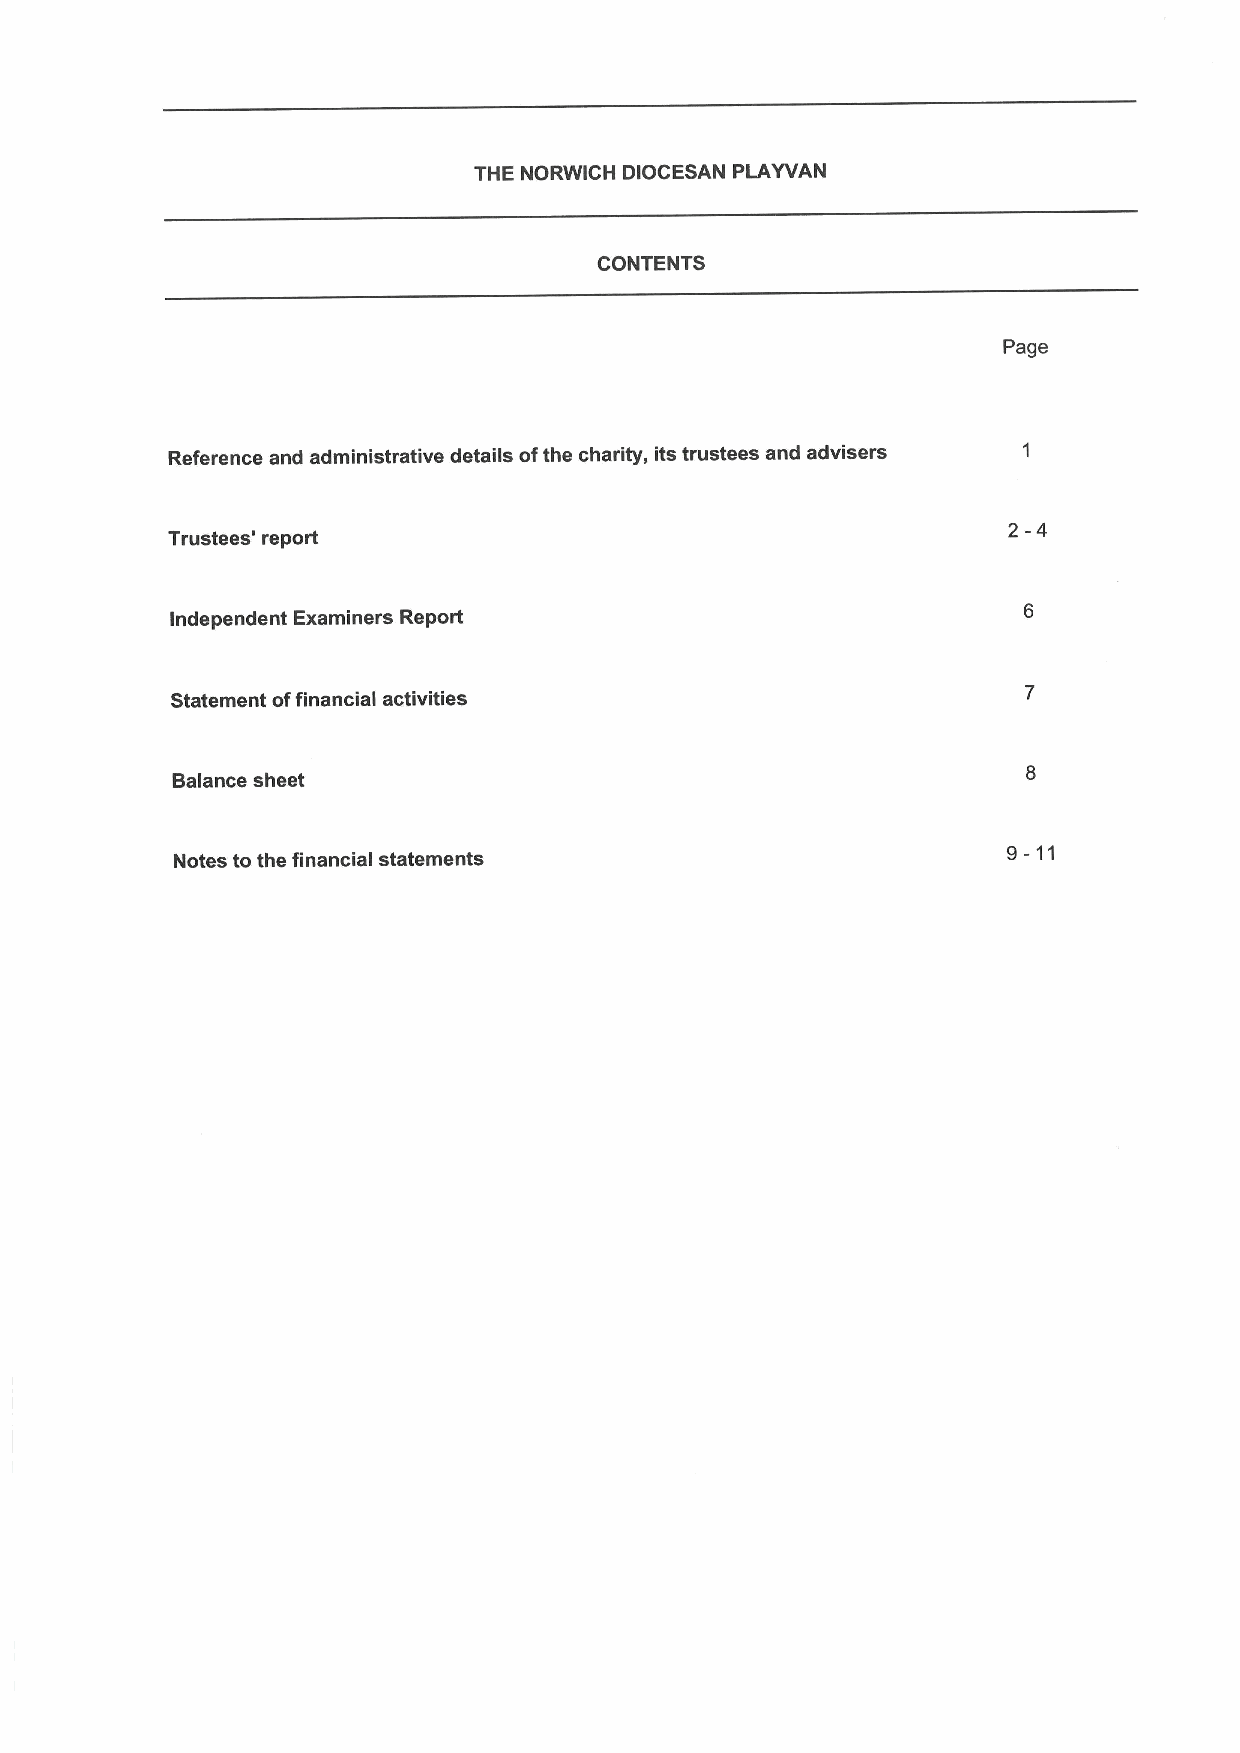
THE NORWICH DIOCESAN PLAYVAN
 CONTENTS
 Page
 Reference and administrative details ofthe charity, its trustees and advisers
 2-4
 Trustees' report
 Independent Examiners Report
 Statement offinancial activities
 Balance sheet
 9-11
 Notes to the financial statements